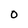
Character: O